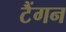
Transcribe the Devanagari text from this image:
टैंगन